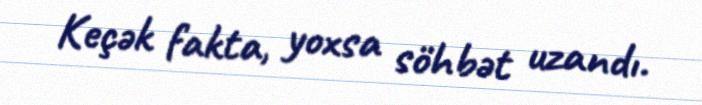
Keçək fakta, yoxsa söhbət uzandı.